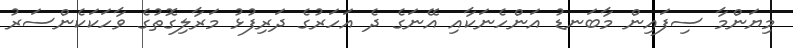
މިޔަންމާ ސިފައިން މާބަނޑު އަންހެނަކާއި އޭނަގެ ދެ އަހަރުގެ ދަރިފުޅު މަރާލިގޮތުގެ ވާހަކަކެންސަރު